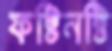
ফষ্টিনষ্টি